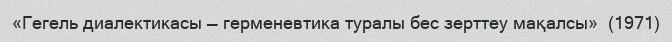
«Гегель диалектикасы — герменевтика туралы бес зерттеу мақалсы»  (1971)